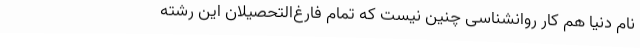
نام دنیا هم کار روانشناسی چنین نیست که تمام فارغ‌التحصیلان این رشته